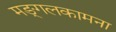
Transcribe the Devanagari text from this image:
मङ्गलकामना